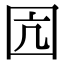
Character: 囥